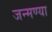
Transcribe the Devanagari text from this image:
जन्मण्या